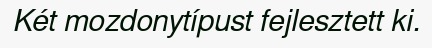
Két mozdonytípust fejlesztett ki.